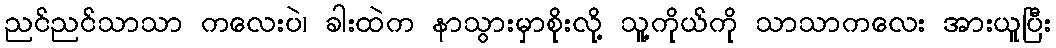
ညင်ညင်သာသာ ကလေးပဲ၊ ခါးထဲက နာသွားမှာစိုးလို့ သူ့ကိုယ်ကို သာသာကလေး အားယူပြီး